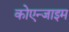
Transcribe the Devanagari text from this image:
कोएन्जाइम